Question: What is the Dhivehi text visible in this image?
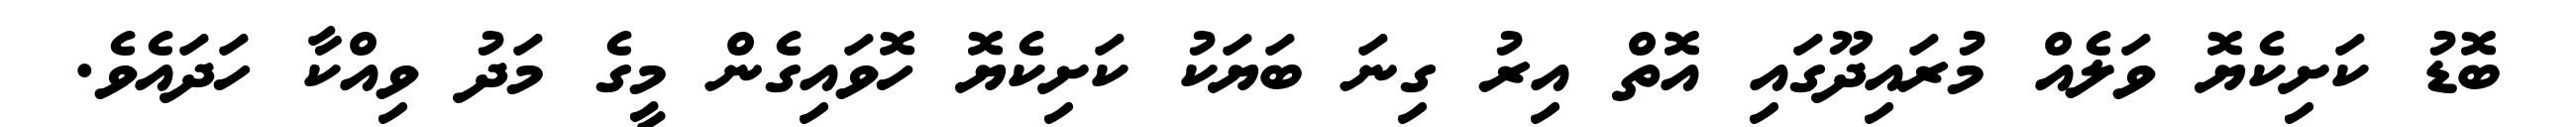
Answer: ބޮޑު ކަށިކެޔޮ ވަލެއް މުރައިދޫގައި އޮތް އިރު ގިނަ ބަޔަކު ކަށިކެޔޮ ހޮވައިގެން މީގެ މަދު ވިއްކާ ހަދައެވެ.